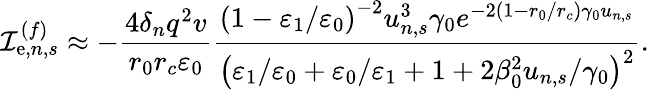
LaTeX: \mathcal{I}_{\mathrm{{e}},n,s}^{(f)}\approx-\frac{{4\delta_{n}q^{2}v}}{{r_{0}r_{c}\varepsilon_{0}}}\frac{{\left(1-\varepsilon_{1}/\varepsilon_{0}\right)^{-2}u_{n,s}^{3}\gamma_{0}e^{-2\left(1-r_{0}/r_{c}\right)\gamma_{0}u_{n,s}}}}{{\left(\varepsilon_{1}/\varepsilon_{0}+\varepsilon_{0}/\varepsilon_{1}+1+2\beta_{0}^{2}u_{n,s}/\gamma_{0}\right)^{2}}}.